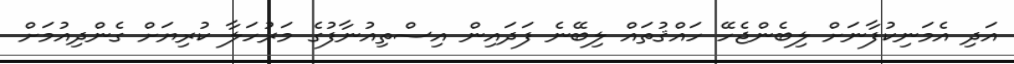
އަދި އެމަނިކުފާނަށް ލިބެންޖެހޭ ހައްޤުތައް ލިބޭނެ ފަދައިން އިސްތިއުނާފުގެ މަރުހަލާ ކުރިޔަށް ގެންދިއުމަށް